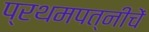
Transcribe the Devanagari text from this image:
प्रथमपत्नीचें